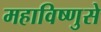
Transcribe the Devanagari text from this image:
महाविष्णुसे